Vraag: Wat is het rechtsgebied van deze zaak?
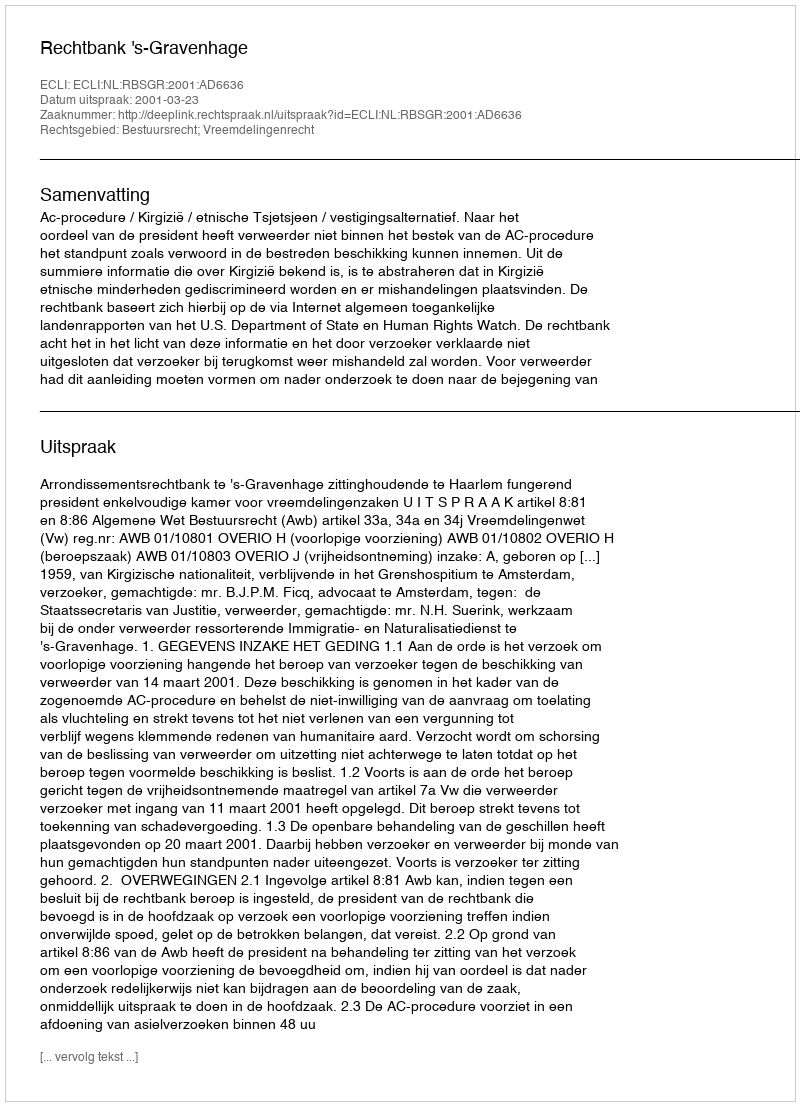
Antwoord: Bestuursrecht; Vreemdelingenrecht